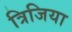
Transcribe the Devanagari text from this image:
त्रिजिया